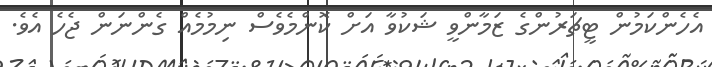
އެހެންކަމުން ޓީޗަރުންގެ ޒަމާންވީ ޝަކުވާ އަށް ކޮންމެވެސް ނިމުމެއް ގެންނަން ޖެހެ އެވެ.